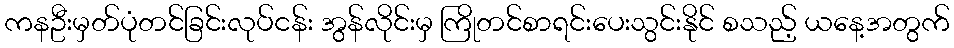
ကနဦးမှတ်ပုံတင်ခြင်းလုပ်ငန်း အွန်လိုင်းမှ ကြိုတင်စာရင်းပေးသွင်းနိုင် စသည့် ယနေ့အတွက်